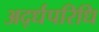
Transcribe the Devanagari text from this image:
अर्द्धपरिधि